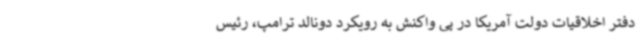
دفتر اخلاقیات دولت آمریکا در پی واکنش به رویکرد دونالد ترامپ، رئیس